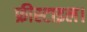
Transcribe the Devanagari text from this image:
फ्रीस्टाइल।